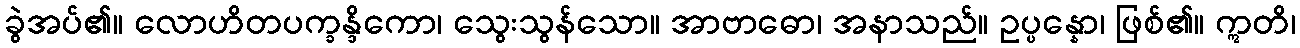
ခွဲအပ်၏။ လောဟိတပက္ခန္ဒိကော၊ သွေးသွန်သော။ အာဗာဓော၊ အနာသည်။ ဥပ္ပန္နော၊ ဖြစ်၏။ ဣတိ၊